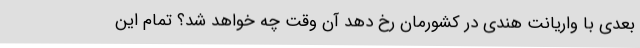
بعدی با واریانت هندی در کشورمان رخ دهد آن وقت چه خواهد شد؟ تمام این